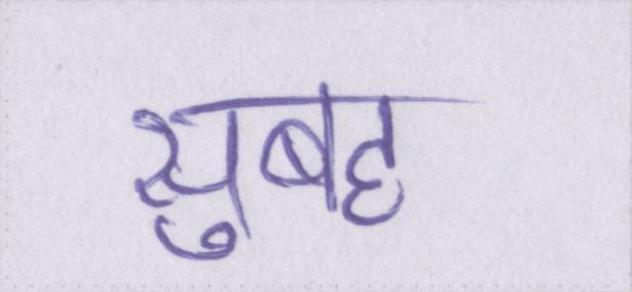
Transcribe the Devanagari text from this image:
सुबह